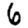
Digit: 6